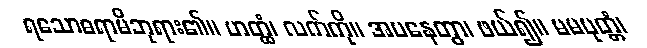
ရသောဓရာမိဘုရား၏။ ဟတ္ထံ၊ လက်ကို။ အပနေတွာ၊ ဖယ်၍။ မမပုတ္တံ၊